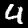
Digit: 4